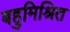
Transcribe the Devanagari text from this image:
बहुमिश्रित